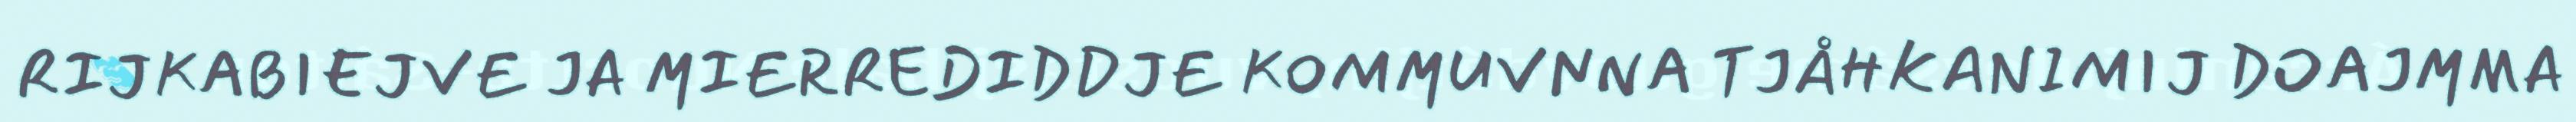
RIJKABIEJVE JA MIERREDIDDJE KOMMUVNNA TJÅHKANIMIJ DOAJMMA